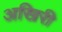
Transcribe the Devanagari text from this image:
अखिरी